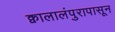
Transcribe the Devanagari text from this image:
क्वालालंपुरापासून